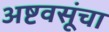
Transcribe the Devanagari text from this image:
अष्टवसूंचा